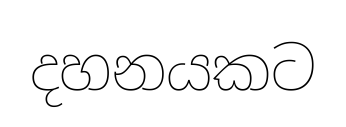
දහනයකට